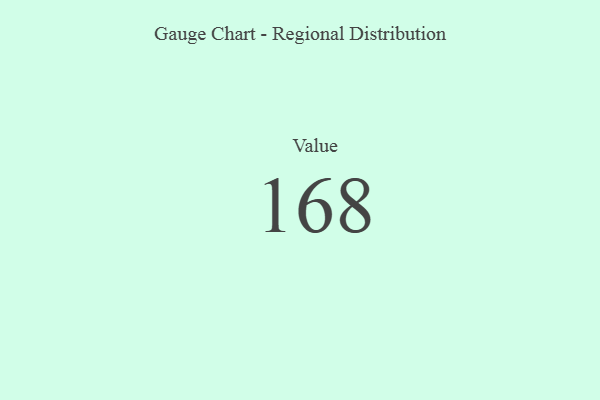
{"axis": {"x": "Metric", "y": "Value"}, "legend": [""], "data": [{"x": "Value", "y": 168, "type": ""}]}